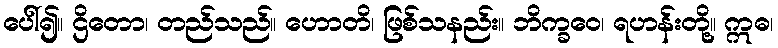
ပေါ်၍။ ဌိတော၊ တည်သည်။ ဟောတိ၊ ဖြစ်သနည်း။ ဘိက္ခဝေ၊ ရဟန်းတို့။ ဣဓ၊